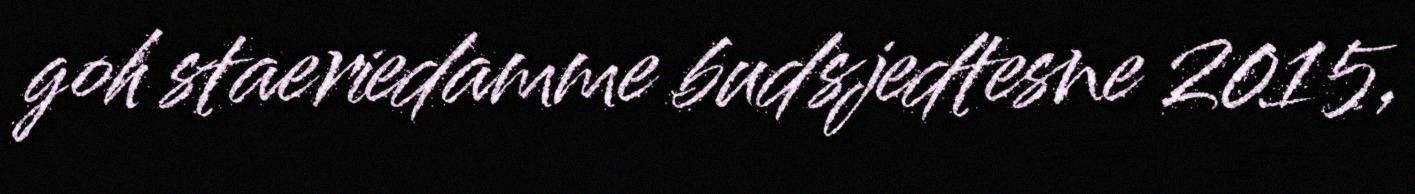
goh staeriedamme budsjedtesne 2015,